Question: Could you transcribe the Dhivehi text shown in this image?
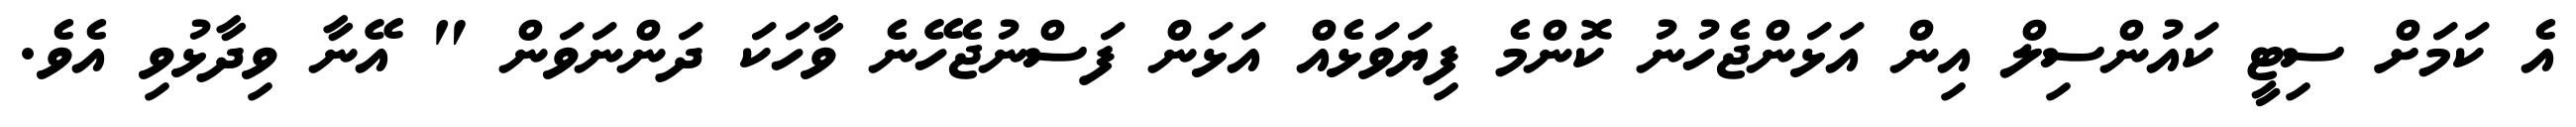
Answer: އެ ކަމަށް ސިޓީ ކައުންސިލް އިން އަޅަންޖެހުނު ކޮންމެ ފިޔަވަޅެއް އަޅަން ފަސްނުޖެހޭނެ ވާހަކަ ދަންނަވަން " އޭނާ ވިދާޅުވި އެވެ.